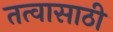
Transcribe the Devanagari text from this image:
तत्वासाठी